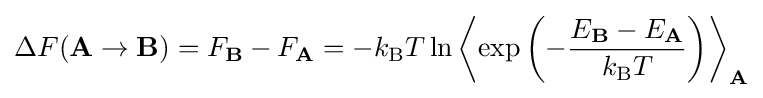
\Delta F(\mathbf {A} \to \mathbf {B} )=F_{\mathbf {B} }-F_{\mathbf {A} }=-k_{\text{B}}T\ln \left\langle \exp \left(-{\frac {E_{\mathbf {B} }-E_{\mathbf {A} }}{k_{\text{B}}T}}\right)\right\rangle _{\mathbf {A} }